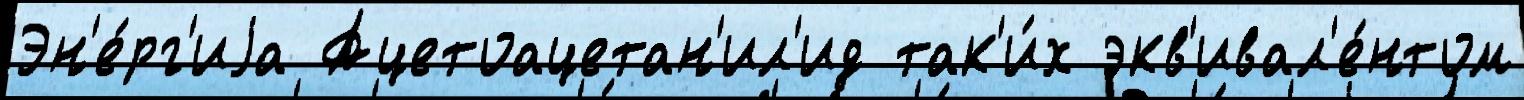
Эн'е́рг'иjа Ацетоацетан'ил'ид так'и́х экв'ивал'е́нтом